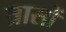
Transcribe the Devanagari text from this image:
त्रासों